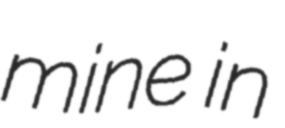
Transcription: mine in